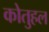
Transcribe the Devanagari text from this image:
कोतुहल